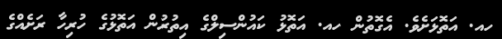
ހއ. އަތޮޅަށެވެ. އެގޮތުން ހއ. އަތޮޅު ކައުންސިލްގެ އިތުރުން އަތޮޅުގެ ހުރިހާ ރަށެއްގެ